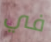
في